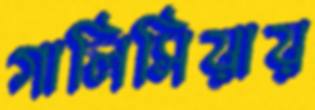
গালিসিয়ায়